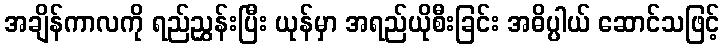
အချိန်ကာလကို ရည်ညွှန်းပြီး ယုန်မှာ အရည်ယိုစီးခြင်း အဓိပ္ပါယ် ဆောင်သဖြင့်